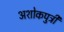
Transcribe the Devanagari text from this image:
अशोकपुत्री